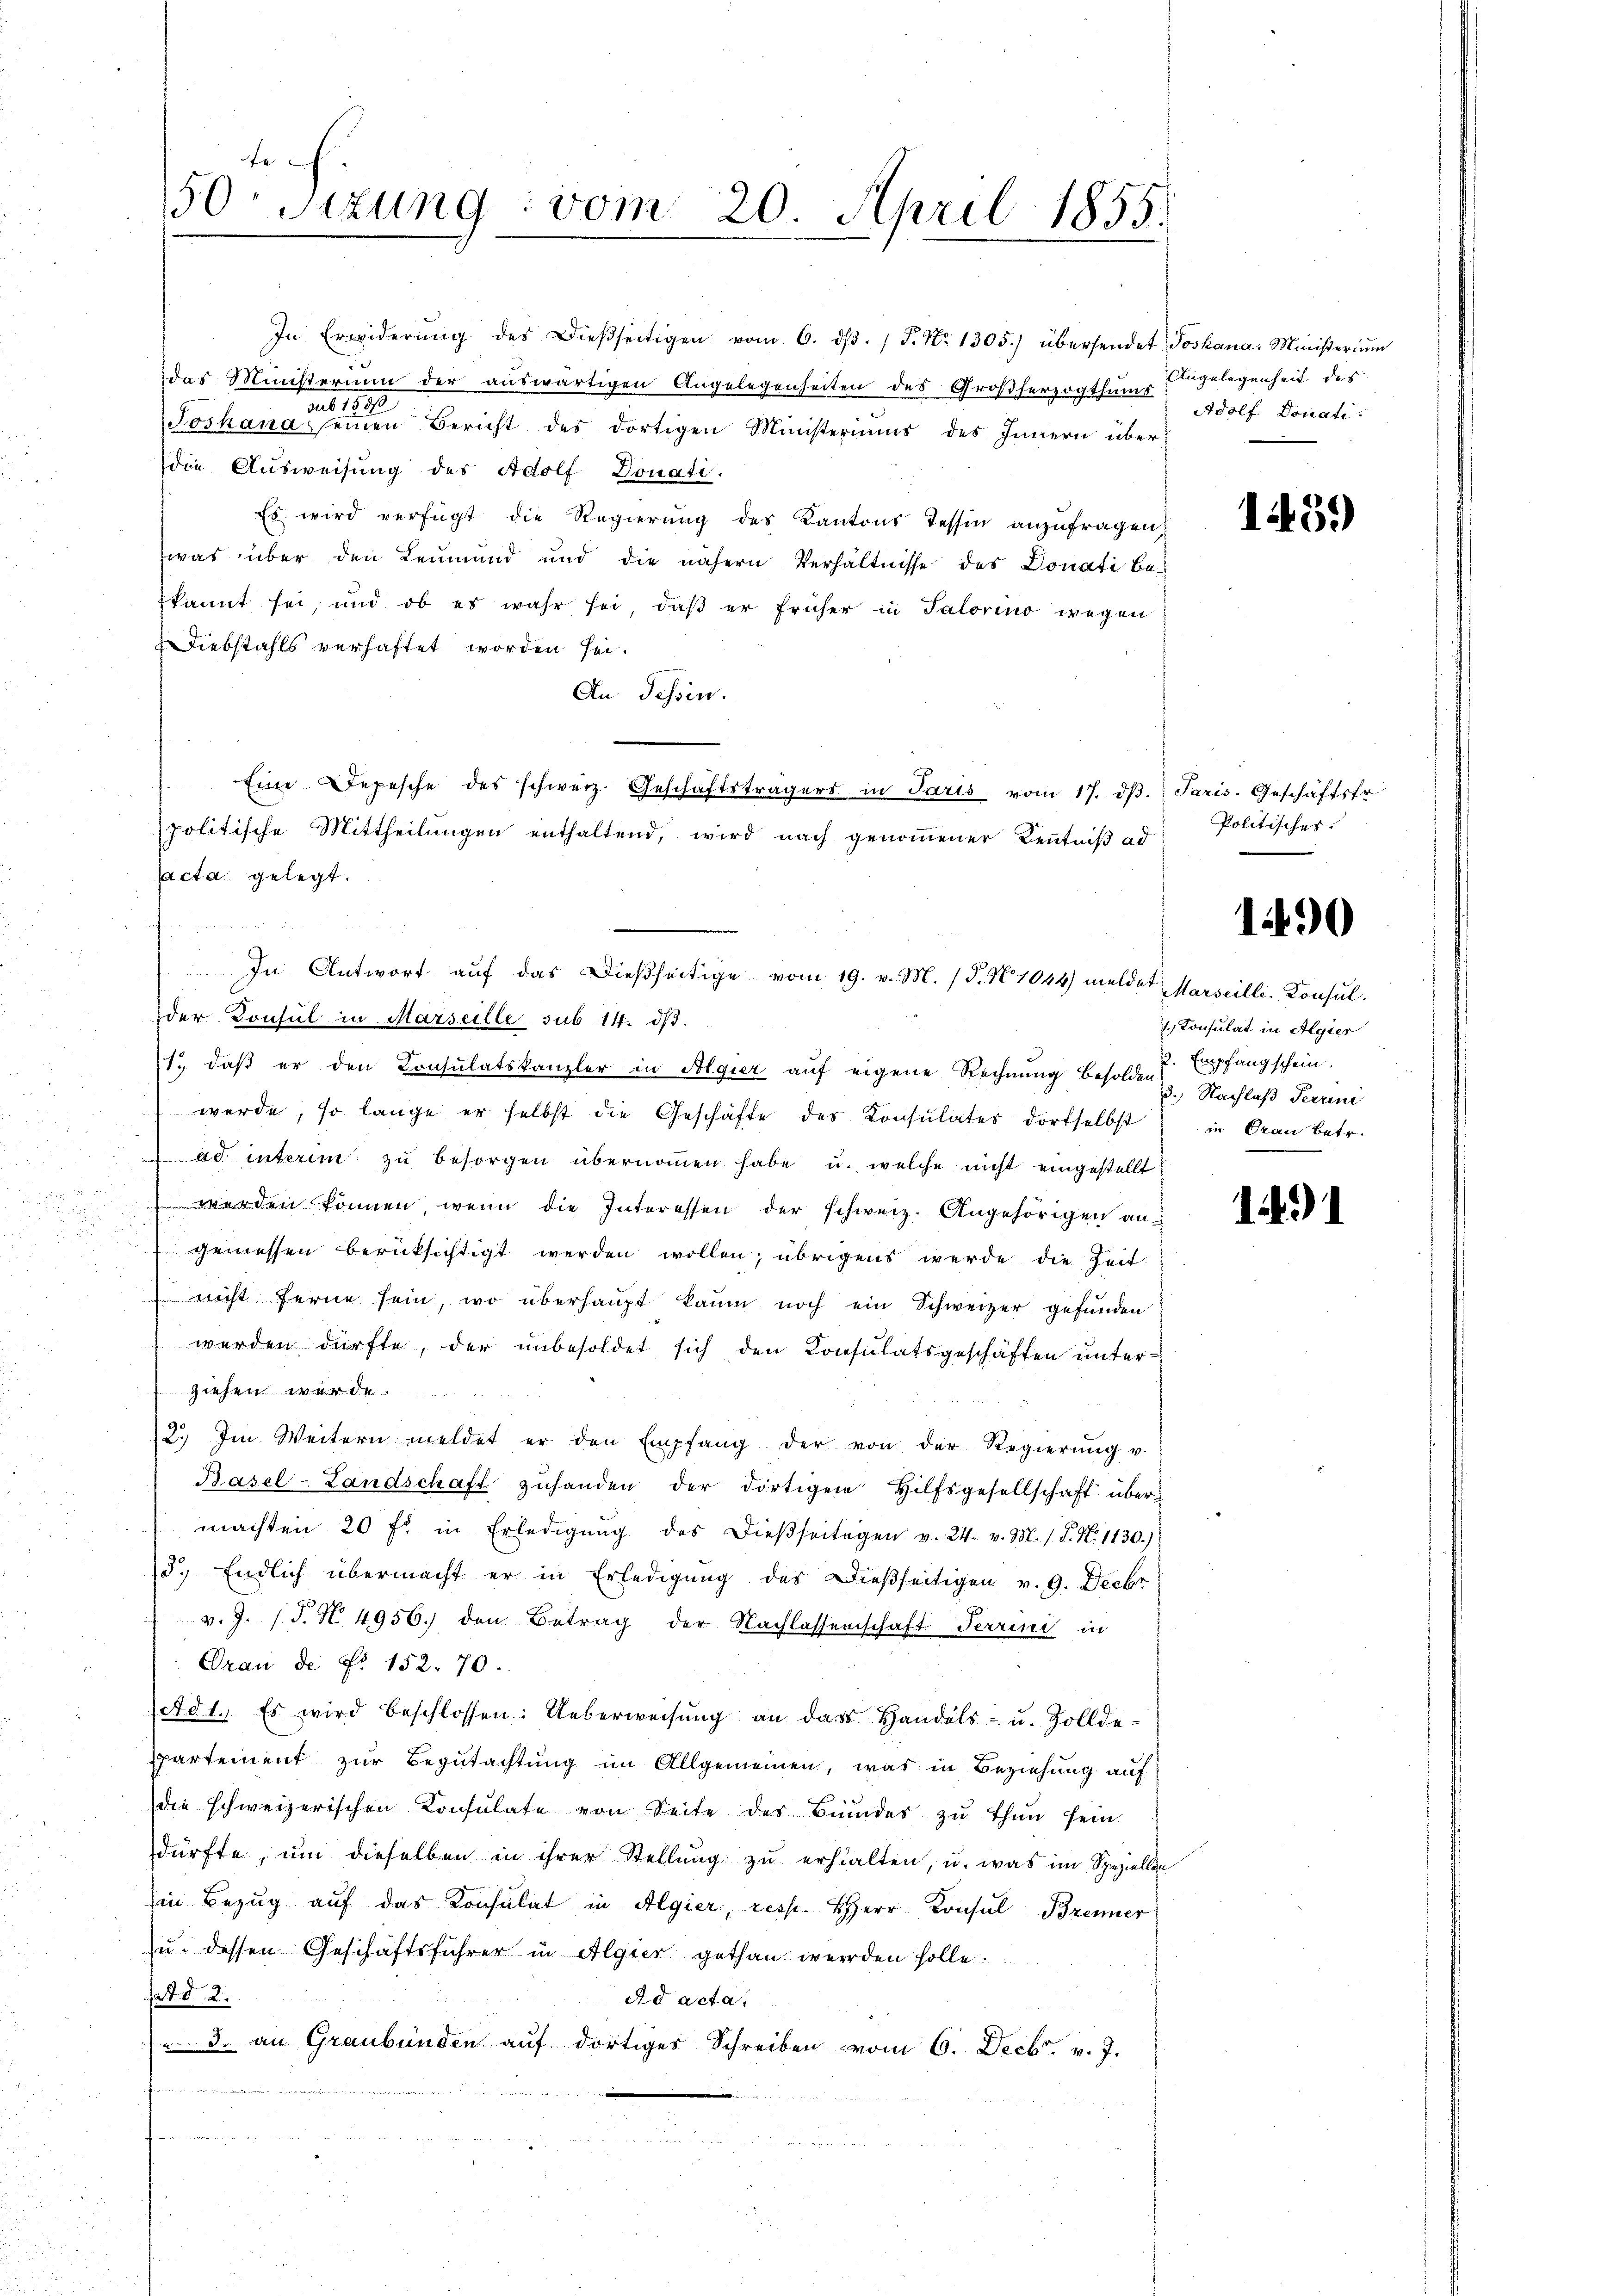
fe
50 Sizung vom 20. April 1855.

In Erwiderŭng des Dießseitigen vom 6. dβ. / 5. No. 1305.) übersendet Joskana. Ministerium
das Ministerium der auswärtigen Angelegenheiten des Großherzogthum Adolf Donati
sub 15816
Joskana seinen Bericht des dortigen Ministeriums des Innern überdie Ausweisung des Adolf Donati.
Es wird verfügt die Regierung des Kantons Tessin anzufragen,
was über den Leumund und die nähern Verhältnisse des Donati be-
kannt sei, und ob es wahr sei, daβ er früher in Salorino wegen
Diebstahls verhaftet worden sei.
An Tessin.
Eine Depesche des schweiz. Geschäftsträgers in Paris vom 17. dβ. Paris. Geschäftsfr.
politische Mittheilungen enthaltend, wird nach genommener Kenntniß ad
der Konsul in Marseille sub 14. dβ.
1., daß er den Consulatskanzler in Algier auf eigene Rechnung besolden pfangschein.
werde, so lange er selbst die Geschäfte des Konsulates dortselbst in Gran betr.
ad interim zu besorgen übernommen habe u. welche nicht eingestellt
u

werden können, wenn die Interessen der schweiz. Angehörigen an-
.
gemessen berücksichtigt werden wollen; übrigens werde die Zeit
 nicht ferne sein, wo überhaupt kaum noch ein Schweizer gefunden
werden dürfte, der unbesoldet sich den Consulatsgeschäften ŭnter-
ziehen werde.
2. Im Weitern meldet er den Empfang der von der Regierŭng u.
Basel-Landschaft zŭhanden der dortigen Hilfsgesellschaft über-
machten 20 f. in Erledigŭng des dießseitigen v. 24. v. M. (T. N. 1130.)
5.) Endlich übermacht er in Erledigung des Dießseitigen v. 9. Decbr
v. J. (T. N. 4956.) den Betrag der Nachlassenschaft Terrini in
Orau de No. 152. 70.
etdt. Es wird beschlossen: Ueberweisung an das Handels- u. Solldepartement zur Begutachtung im Allgemeinen, was in Beziehung auf
die schweizerischen Konsulate von Seite des Bundes zu thun sein.
dürfte, um dieselben in ihrer Stellung zu erhielten, u. was im Speziellen
Ein Bezug auf das Konsulat in Algier, resp. Herr Konsul Brenner
zu, dessen Geschäftsführer in Algier gethan werden solle.
fad §. 2.
Ad acta.
3. an Graubünden auf dortiges Schreiben vom 6. Decbr. v. J.
  einen

acta gelegt.

In Antwort auf das Dießseitige vom 19. v. M. (T. N. 1044) meldet Marseille. Konsul¬

Angelegenheit des

1439)

Politisches.

1490

Consulat in Algier
3.) Nachlaß Terrini

1491